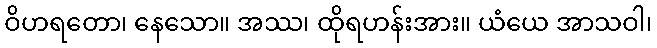
ဝိဟရတော၊ နေသော။ အဿ၊ ထိုရဟန်းအား။ ယံယေ အာသဝါ၊